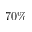
7 0 \%